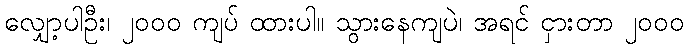
လျှော့ပါဦး၊ ၂၀၀၀ ကျပ် ထားပါ။ သွားနေကျပဲ၊ အရင် ငှားတာ ၂၀၀၀